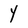
Character: Y